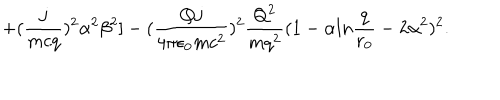
+ ( { \frac { j } { m c q } } ) ^ { 2 } \alpha ^ { 2 } \beta ^ { 2 } ] - ( { \frac { Q j } { 4 \pi \epsilon _ { 0 } m c ^ { 2 } } } ) ^ { 2 } { \frac { Q ^ { 2 } } { m q ^ { 2 } } } ( 1 - \alpha l n { \frac { q } { r _ { 0 } } } - 2 \alpha ^ { 2 } ) ^ { 2 } .